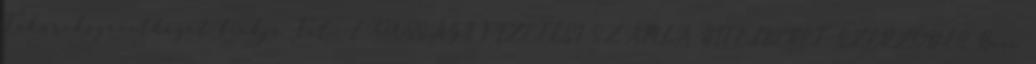
Takarékszövetkezet fiókja Tel.: LAKOSSÁGI FIZETÉSI SZÁMLA HITELKERET SZERZŐDÉS Havi